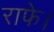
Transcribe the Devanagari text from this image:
राफे।